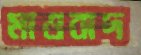
মাওবাদ